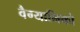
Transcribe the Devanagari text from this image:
वैग्यानिको